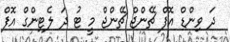
ދަ ވިންޑް އޮފް ޗޭންޖް ޗޭންޖް މީ ޓު ދަ ލެޓިންގް އޮފް